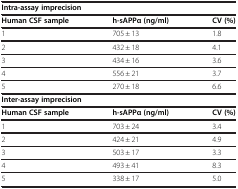
<table><thead><tr><td colspan="3"><b>Intra-assay imprecision</b></td></tr></thead><tbody><tr><td><b>Human CSF sample</b></td><td><b>h-sAPPα (ng/ml)</b></td><td><b>CV (%)</b></td></tr><tr><td>1</td><td>705 ± 13</td><td>1.8</td></tr><tr><td>2</td><td>432 ± 18</td><td>4.1</td></tr><tr><td>3</td><td>434 ± 16</td><td>3.6</td></tr><tr><td>4</td><td>556 ± 21</td><td>3.7</td></tr><tr><td>5</td><td>270 ± 18</td><td>6.6</td></tr><tr><td colspan="3"><b>Inter-assay imprecision</b></td></tr><tr><td><b>Human CSF sample</b></td><td><b>h-sAPPα (ng/ml)</b></td><td><b>CV (%)</b></td></tr><tr><td>1</td><td>703 ± 24</td><td>3.4</td></tr><tr><td>2</td><td>424 ± 21</td><td>4.9</td></tr><tr><td>3</td><td>503 ± 17</td><td>3.3</td></tr><tr><td>4</td><td>493 ± 41</td><td>8.3</td></tr><tr><td>5</td><td>338 ± 17</td><td>5.0</td></tr></tbody></table>